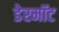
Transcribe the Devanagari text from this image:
डेरमॉट